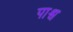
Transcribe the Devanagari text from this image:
पाश्व